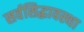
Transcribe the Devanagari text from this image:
सर्वसिद्धावस्था